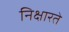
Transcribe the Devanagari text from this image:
निक्षारते